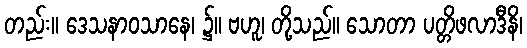
တည်း။ ဒေသနာဝသာနေ၊ ၌။ ဗဟူ၊ တို့သည်။ သောတာ ပတ္တိဖလာဒီနိ၊